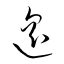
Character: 遙